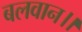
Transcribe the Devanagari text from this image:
बलवान।।